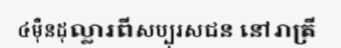
៤ម៉ឺនដុល្លារពីសប្បុរសជន នៅរាត្រី